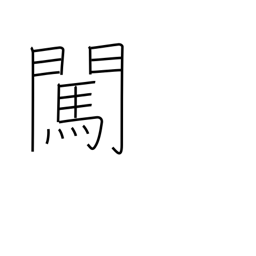
Meaning: inquire about